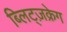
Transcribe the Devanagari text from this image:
ब्लिट्ज़क्रेग